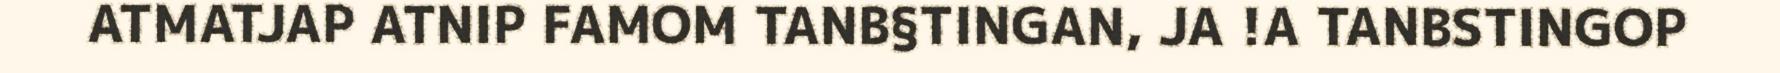
ATMATJAP ATNIP FAMOM TANB§TINGAN, JA !A TANBSTINGOP